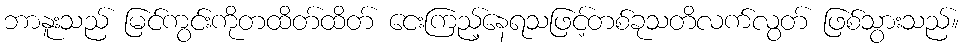
ဘာနူးသည် မြင်ကွင်းကိုတထိတ်ထိတ် ငေးကြည့်နေရသဖြင့်တစ်ခုသတိလက်လွတ် ဖြစ်သွားသည်။